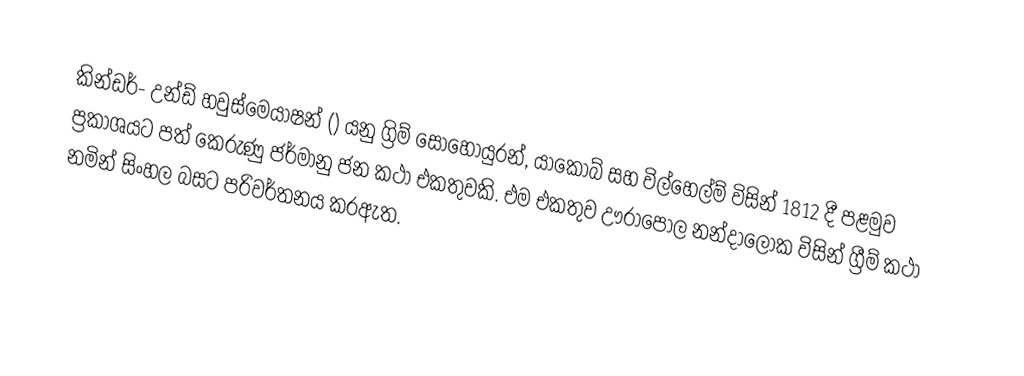
කින්ඩර්- උන්ඩ් හවුස්මෙයාෂන් () යනු ග්‍රිම් සොහොයුරන්, යාකොබ් සහ විල්හෙල්ම් විසින් 1812 දී පළමුව ප්‍රකාශයට පත් කෙරුණු ජර්මානු ජන කථා එකතුවකි. එම එකතුව ඌරාපොල නන්දාලෝක විසින්  ග්‍රීම් කථා  නමින් සිංහල බසට පරිවර්තනය කරඇත.